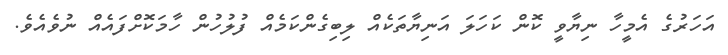
އަހަރުގެ އެމީހާ ނިޔާވީ ކޮން ކަހަލަ އަނިޔާތަކެއް ލިބިގެންކަމެއް ފުލުހުން ހާމަކޮށްފައެއް ނުވެއެވެ.